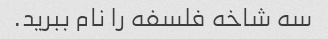
سه شاخه فلسفه را نام ببرید.